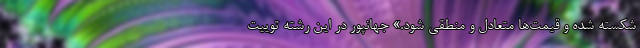
شکسته شده و قیمت‌ها متعادل و منطقی شود.» جهانپور در این رشته توییت